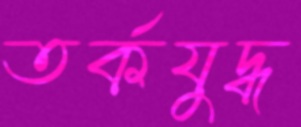
তর্কযুদ্ধ